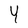
Character: Y